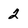
Character: 2